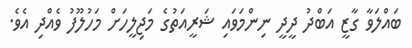
ބައްލަވާ ގާޒީ އަބްދު ދީދީ ނިންމަވައި ޝަރީއަތުގެ މަޖިލީހަށް މަހުލޫފު ވެއްދި އެވެ.